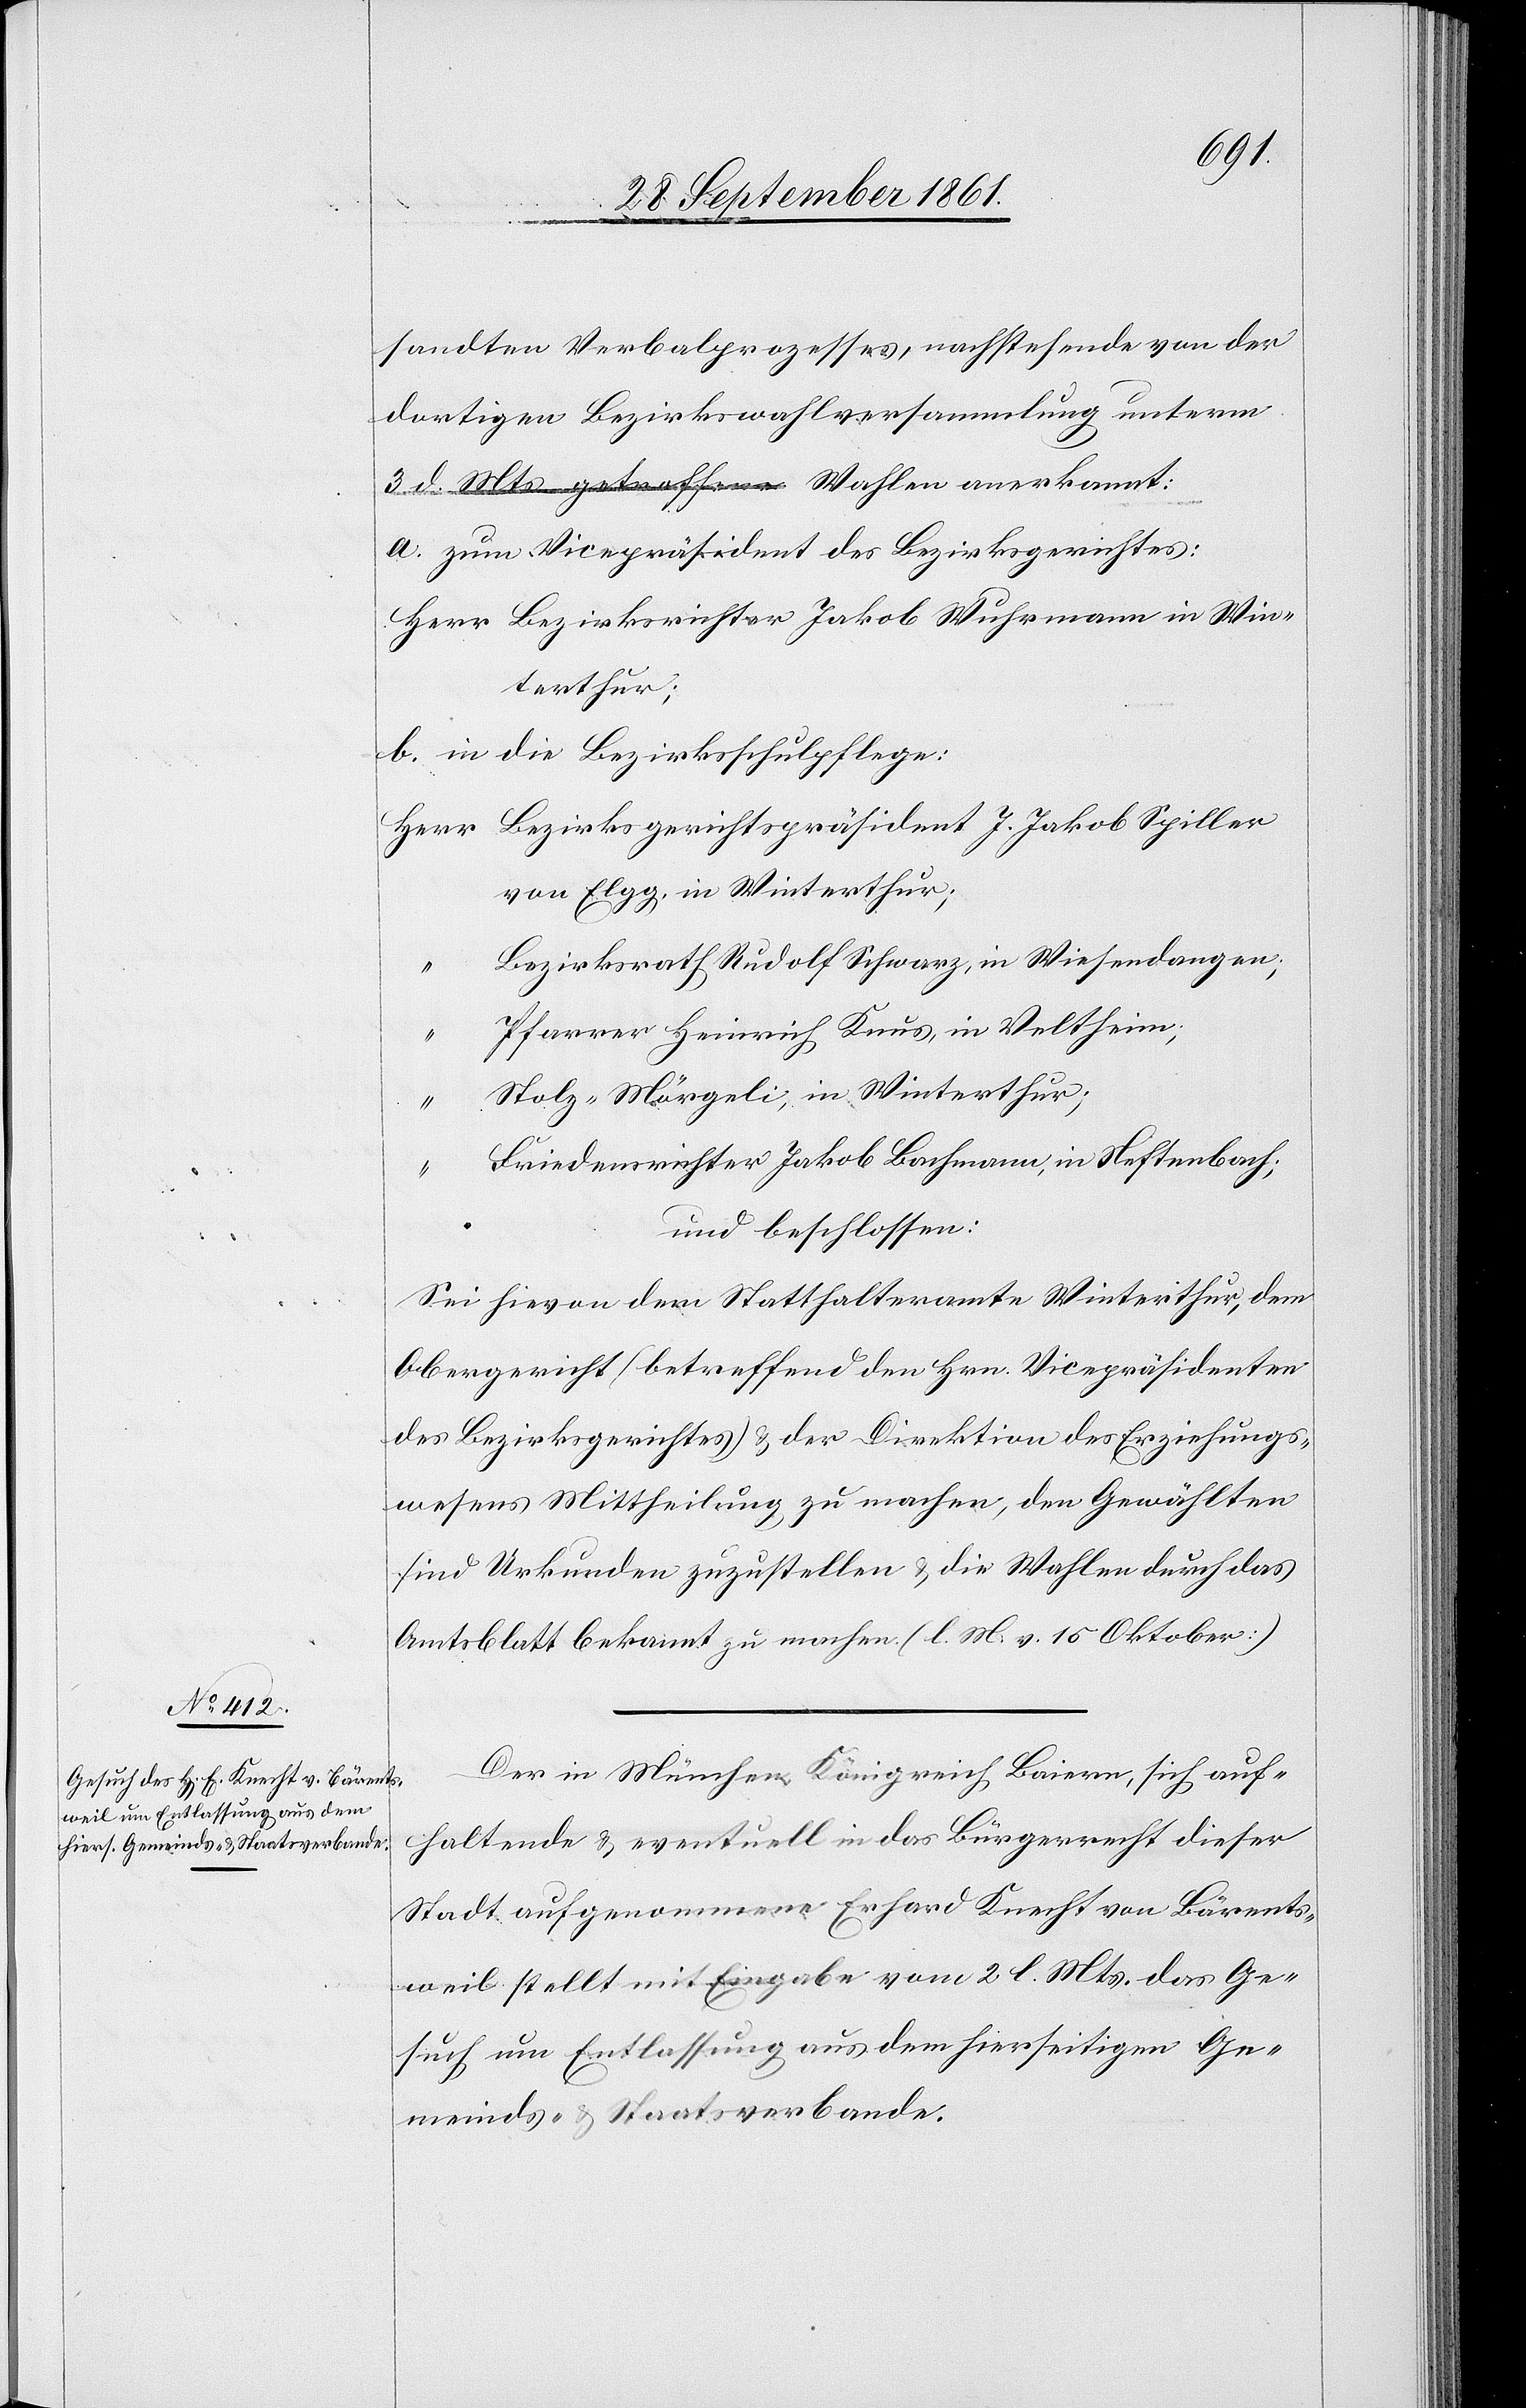
“		F¬
sandten Verbalprozesses, nachstehende von der
dortigen Bezirkswahlversammlung unterm
3 d. Mts. getroffenen Wahlen anerkannt:
a. zum Vicepräsidenten des Bezirksgerichtes:
Herr Bezirksrichter Jakob Wuhrmann in Win¬
terthur;
b. in die Bezirksschulpflege:
Herr	Bezirksgerichtspräsident J. Jakob Spiller
von Elgg in Winterthur;
ezirksrath Rudolf Schwarz, in Wiesendangen;
farrer Heinrich Knus, in Veltheim;
“		Stolz-Mörgeli, in Winterthur;
riedensrichter Jakob Bachmann, in Neftenbach;
und beschlossen:
Sei hievon dem Statthalteramte Winterthur, dem
Obergericht (betreffend den Hrn. Vicepräsidenten
des Bezirksgerichtes) u. der Direktion des Erziehungs¬
wesens Mittheilung zu machen, den Gewählten
sind Urkunden zuzustellen u. die Wahlen durch das
Amtsblatt bekannt zu machen. [l. M. v. 15 Oktober]
Der in München Königreich Baiern, sich auf¬
haltende u. eventuell in das Bürgerrecht dieser
Stadt aufgenommene Erhard Knecht von Bärents¬
weil stellt mit Eingabe vom 2 l. Mts. das Ge¬
such um Entlassung aus dem hierseitigen Ge¬
meinds- u. Staatsverbande.